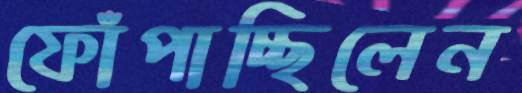
ফোঁপাচ্ছিলেন